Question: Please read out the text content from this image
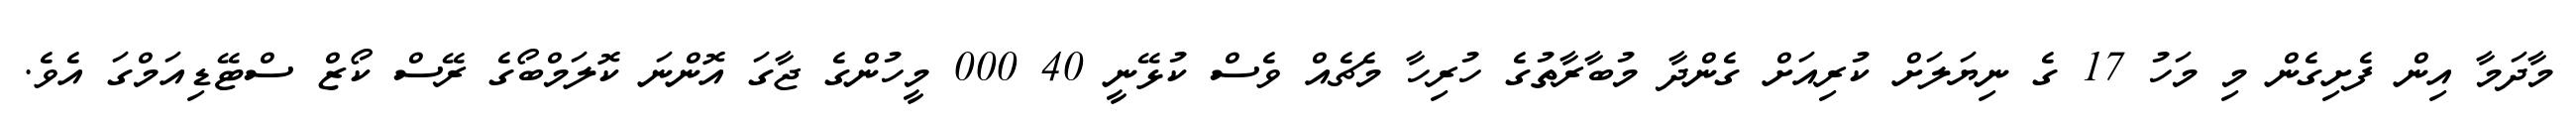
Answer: މާދަމާ އިން ފެށިގެން މި މަހު 17 ގެ ނިޔަލަށް ކުރިއަށް ގެންދާ މުބާރާތުގެ ހުރިހާ މެޗެއް ވެސް ކުޅޭނީ 40 000 މީހުންގެ ޖާގަ އޮންނަ ކޮލަމްބޯގެ ރޭސް ކޯޒް ސްޓޭޑިއަމްގަ އެވެ.